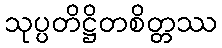
သုပ္ပတိဋ္ဌိတစိတ္တဿ